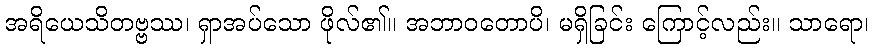
အရိယေသိတဗ္ဗဿ၊ ရှာအပ်သော ဖိုလ်၏။ အဘာဝတောပိ၊ မရှိခြင်း ကြောင့်လည်း။ သာရော၊